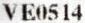
VE0514